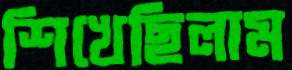
শিখেছিলাম